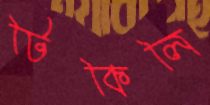
টিকিলি